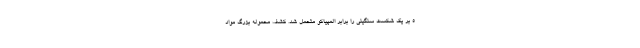
۵ بر یک شکست سنگینی را برابر المپیاکو متحمل شد. کشف محموله بزرگ مواد